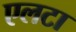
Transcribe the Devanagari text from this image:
एलटा